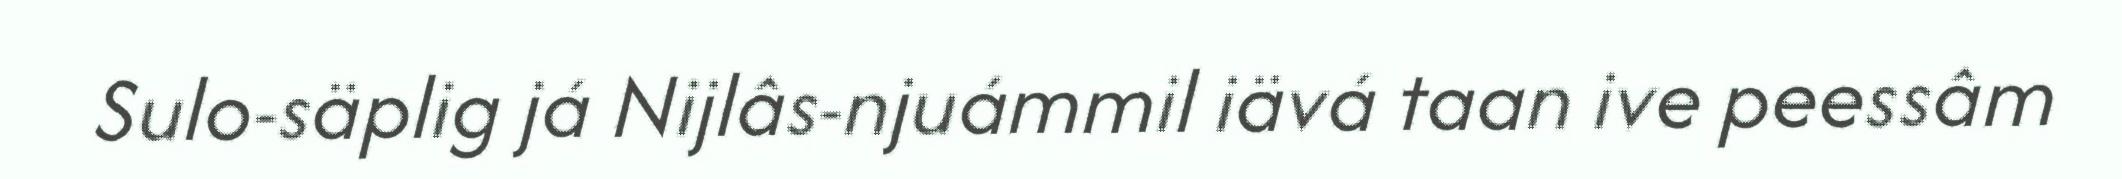
Sulo-säplig já Nijlâs-njuámmil iävá taan ive peessâm